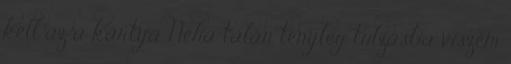
kell az a kártya Néha talán tényleg túlzásba viszem